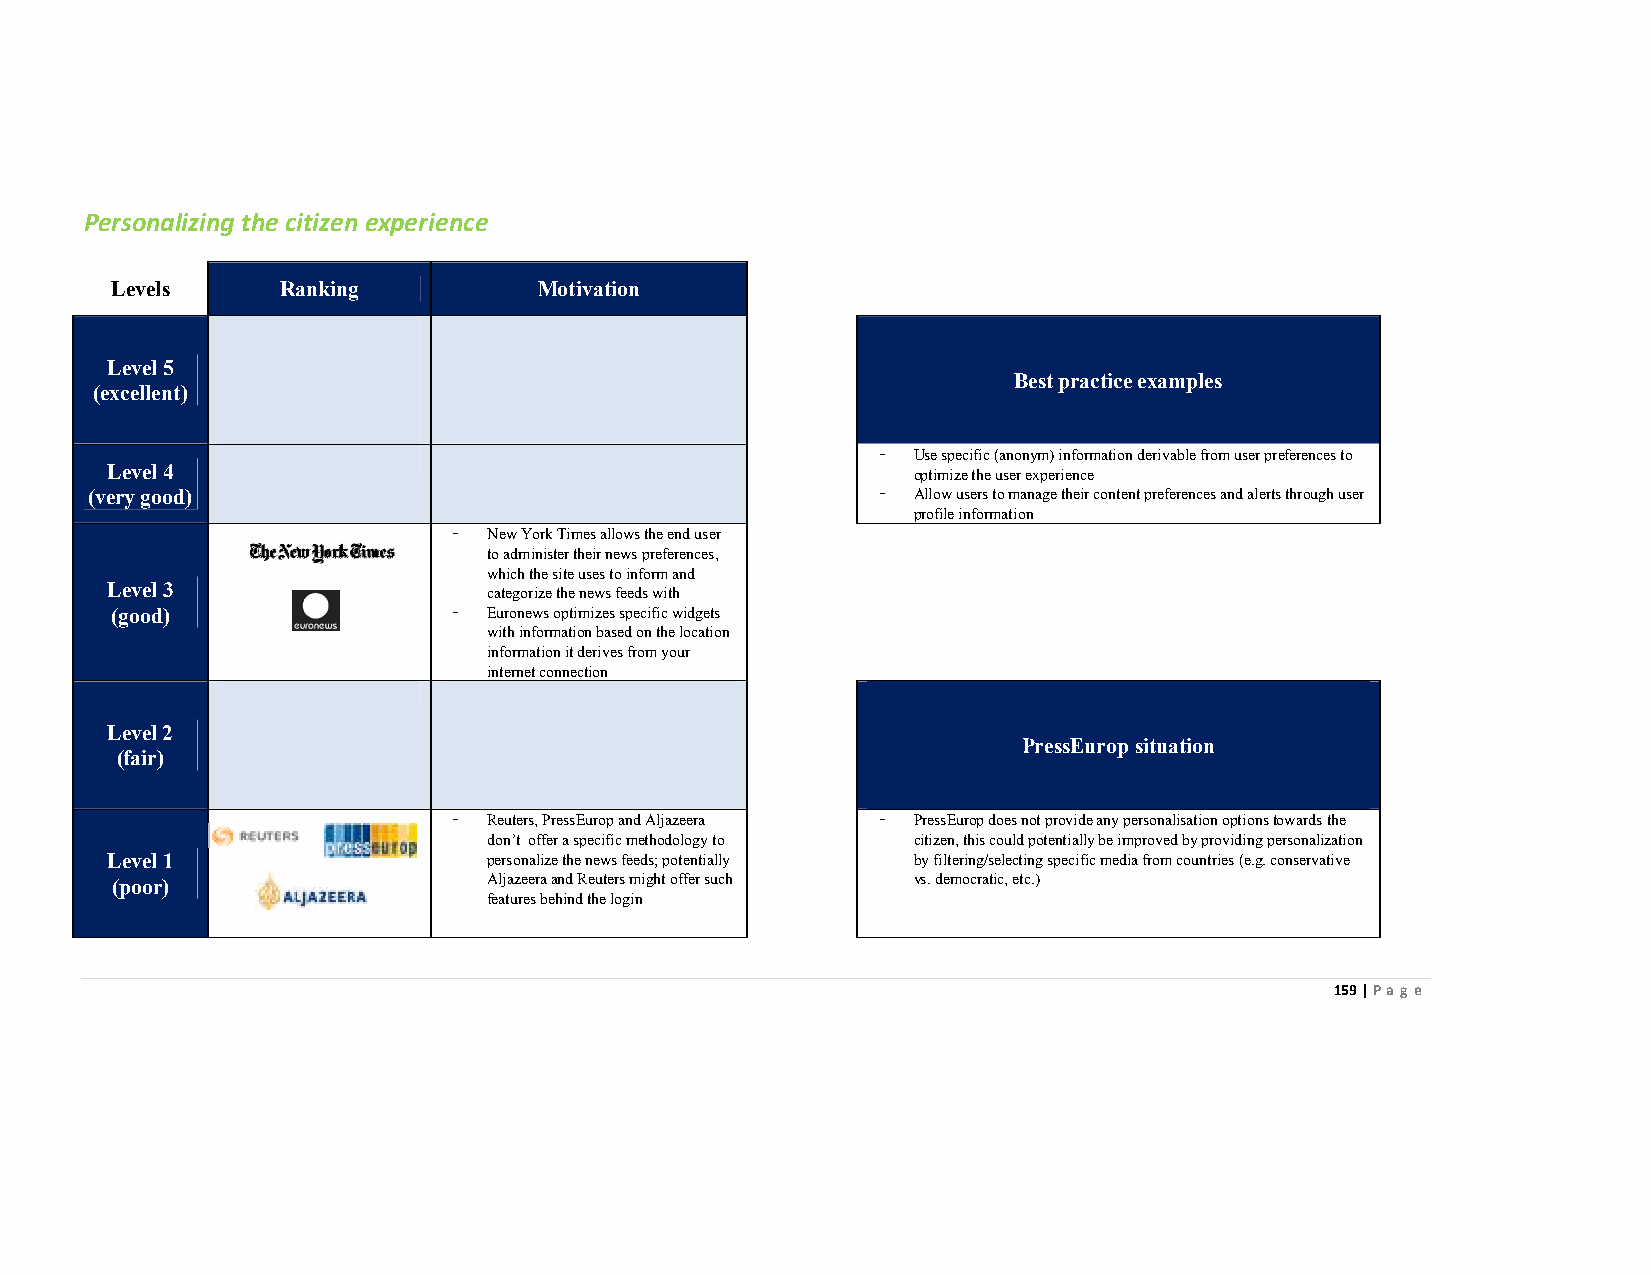
Personalizing the citizen experience
 Levels      Ranking          Motivation
 Level 5
 Best practice examples
 (excellent)
 - Use specific (anonym) information derivable from user preferences to
 Level 4                                              optimize the user experience
 (very good)                                         - Allow users to manage their content preferences and alerts through user
 profile information
 - New York Times allows the end user
 to administer their news preferences,
 which the site uses to inform and
 Level 3                  categorize the news feeds with
 (good)                 - Euronews optimizes specific widgets
 with information based on the location
 information it derives from your
 internet connection
 Level 2
 PressEurop situation
 (fair)
 - Reuters, PressEurop and Aljazeera - PressEurop does not provide any personalisation options towards the
 don’t offer a specific methodology to citizen, this could potentially be improved by providing personalization
 Level 1                  personalize the news feeds; potentially by filtering/selecting specific media from countries (e.g. conservative
 (poor)                   Aljazeera and Reuters might offer such vs. democratic, etc.)
 features behind the login
 159 | Page